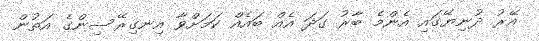
އޭރު ދުނިޔޭގައި އެންމެ ބާރު ގަދަ އެއް ބައެއް ކަމަށްވާ އިނގިރޭސިންގެ އަތުން